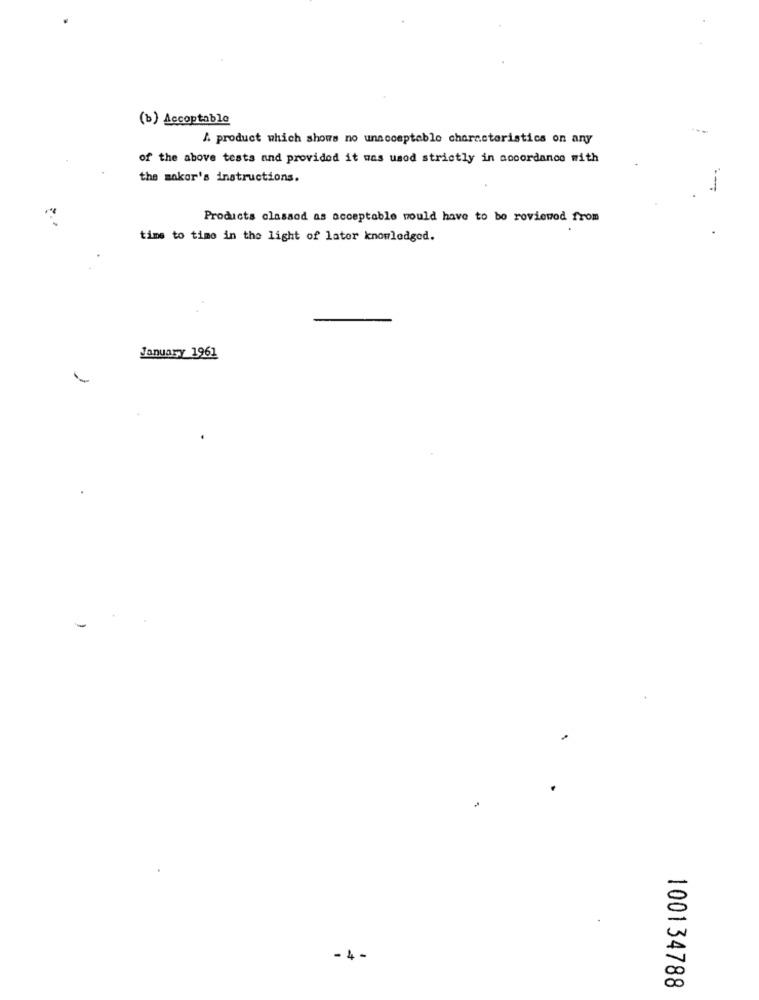
(b) Accoptable
A product which shows no unacceptable characteristics on any
of the above tests and provided it was used strictly in accordance with
the maker's instructions.
Products classod as acceptable would have to be reviewed from
time to time in the light of lator knowledged.
January 1961
- 4 -
100134788